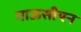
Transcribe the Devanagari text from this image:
गाऊसीयन